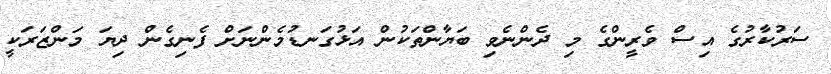
ސަރުކާރުގެ އިސް ވެރީންގެ މި ދެންނެވި ބަޔާންތަކުން އަޅުގަނޑުމެންނަށް ފެނިގެން ދިޔަ މަންޒަރަކީ